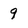
Character: 9